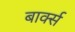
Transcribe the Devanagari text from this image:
बार्क्स